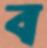
ব